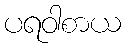
ပရဝါစာယ